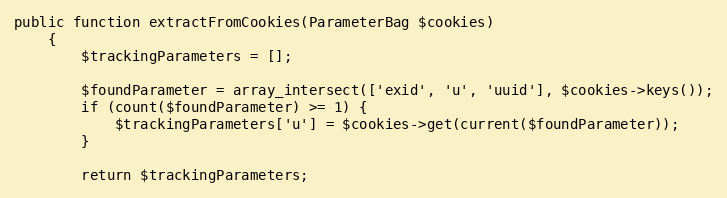
Language: PHP
public function extractFromCookies(ParameterBag $cookies)
    {
        $trackingParameters = [];

        $foundParameter = array_intersect(['exid', 'u', 'uuid'], $cookies->keys());
        if (count($foundParameter) >= 1) {
            $trackingParameters['u'] = $cookies->get(current($foundParameter));
        }

        return $trackingParameters;